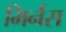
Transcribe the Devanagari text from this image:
मिर्नस